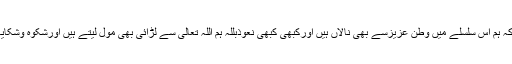
ہمارے سفلہ پن کی انتہاہے کہ ہم اس سلسلے میں وطن عزیزسے بھی نالاں ہیں اورکبھی کبھی نعوذبللہ ہم اللہ تعالیٰ سے لڑائی بھی مول لیتے ہیں اورشکوہ وشکایات کے دفترکھول دیتے ہیں۔